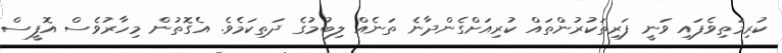
ކުރިމަތިވެފައި ވަނީ ފަރިތަކުރުންތައް ކުރިއަށްގެންދާނެ ތަނެއް ލިބުމުގެ ދަތިކަމެވެ. އެގޮތުން މިހާރުވެސް އޮފީސް